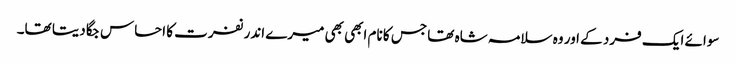
سوائے ایک فرد کے اور وہ سلامہ شاہ تھا جس کا نام ابھی بھی میرے اندر نفرت کا احساس جگا دیتا تھا۔